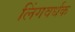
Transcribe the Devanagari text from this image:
लिंगवर्धक